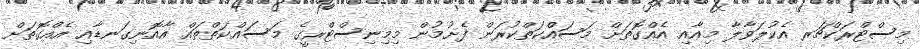
މިސްޓްރަކްޗަރ އެކުލަވާލާ މިއާއި އެއްގޮތަށް މަސައްކަތްކުރަން ފެށުމުން މިމިނިސްޓްރީގެ މަސައްކަތްތައް އާއޮނިގަނޑާއި އެއްގޮތަށް